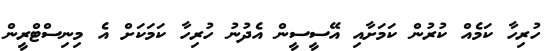
ހުރިހާ ކަމެއް ކުރުން ކަމަށާއި އޭސީސީން އެދުނު ހުރިހާ ކަމަކަށް އެ މިނިސްޓްރީން